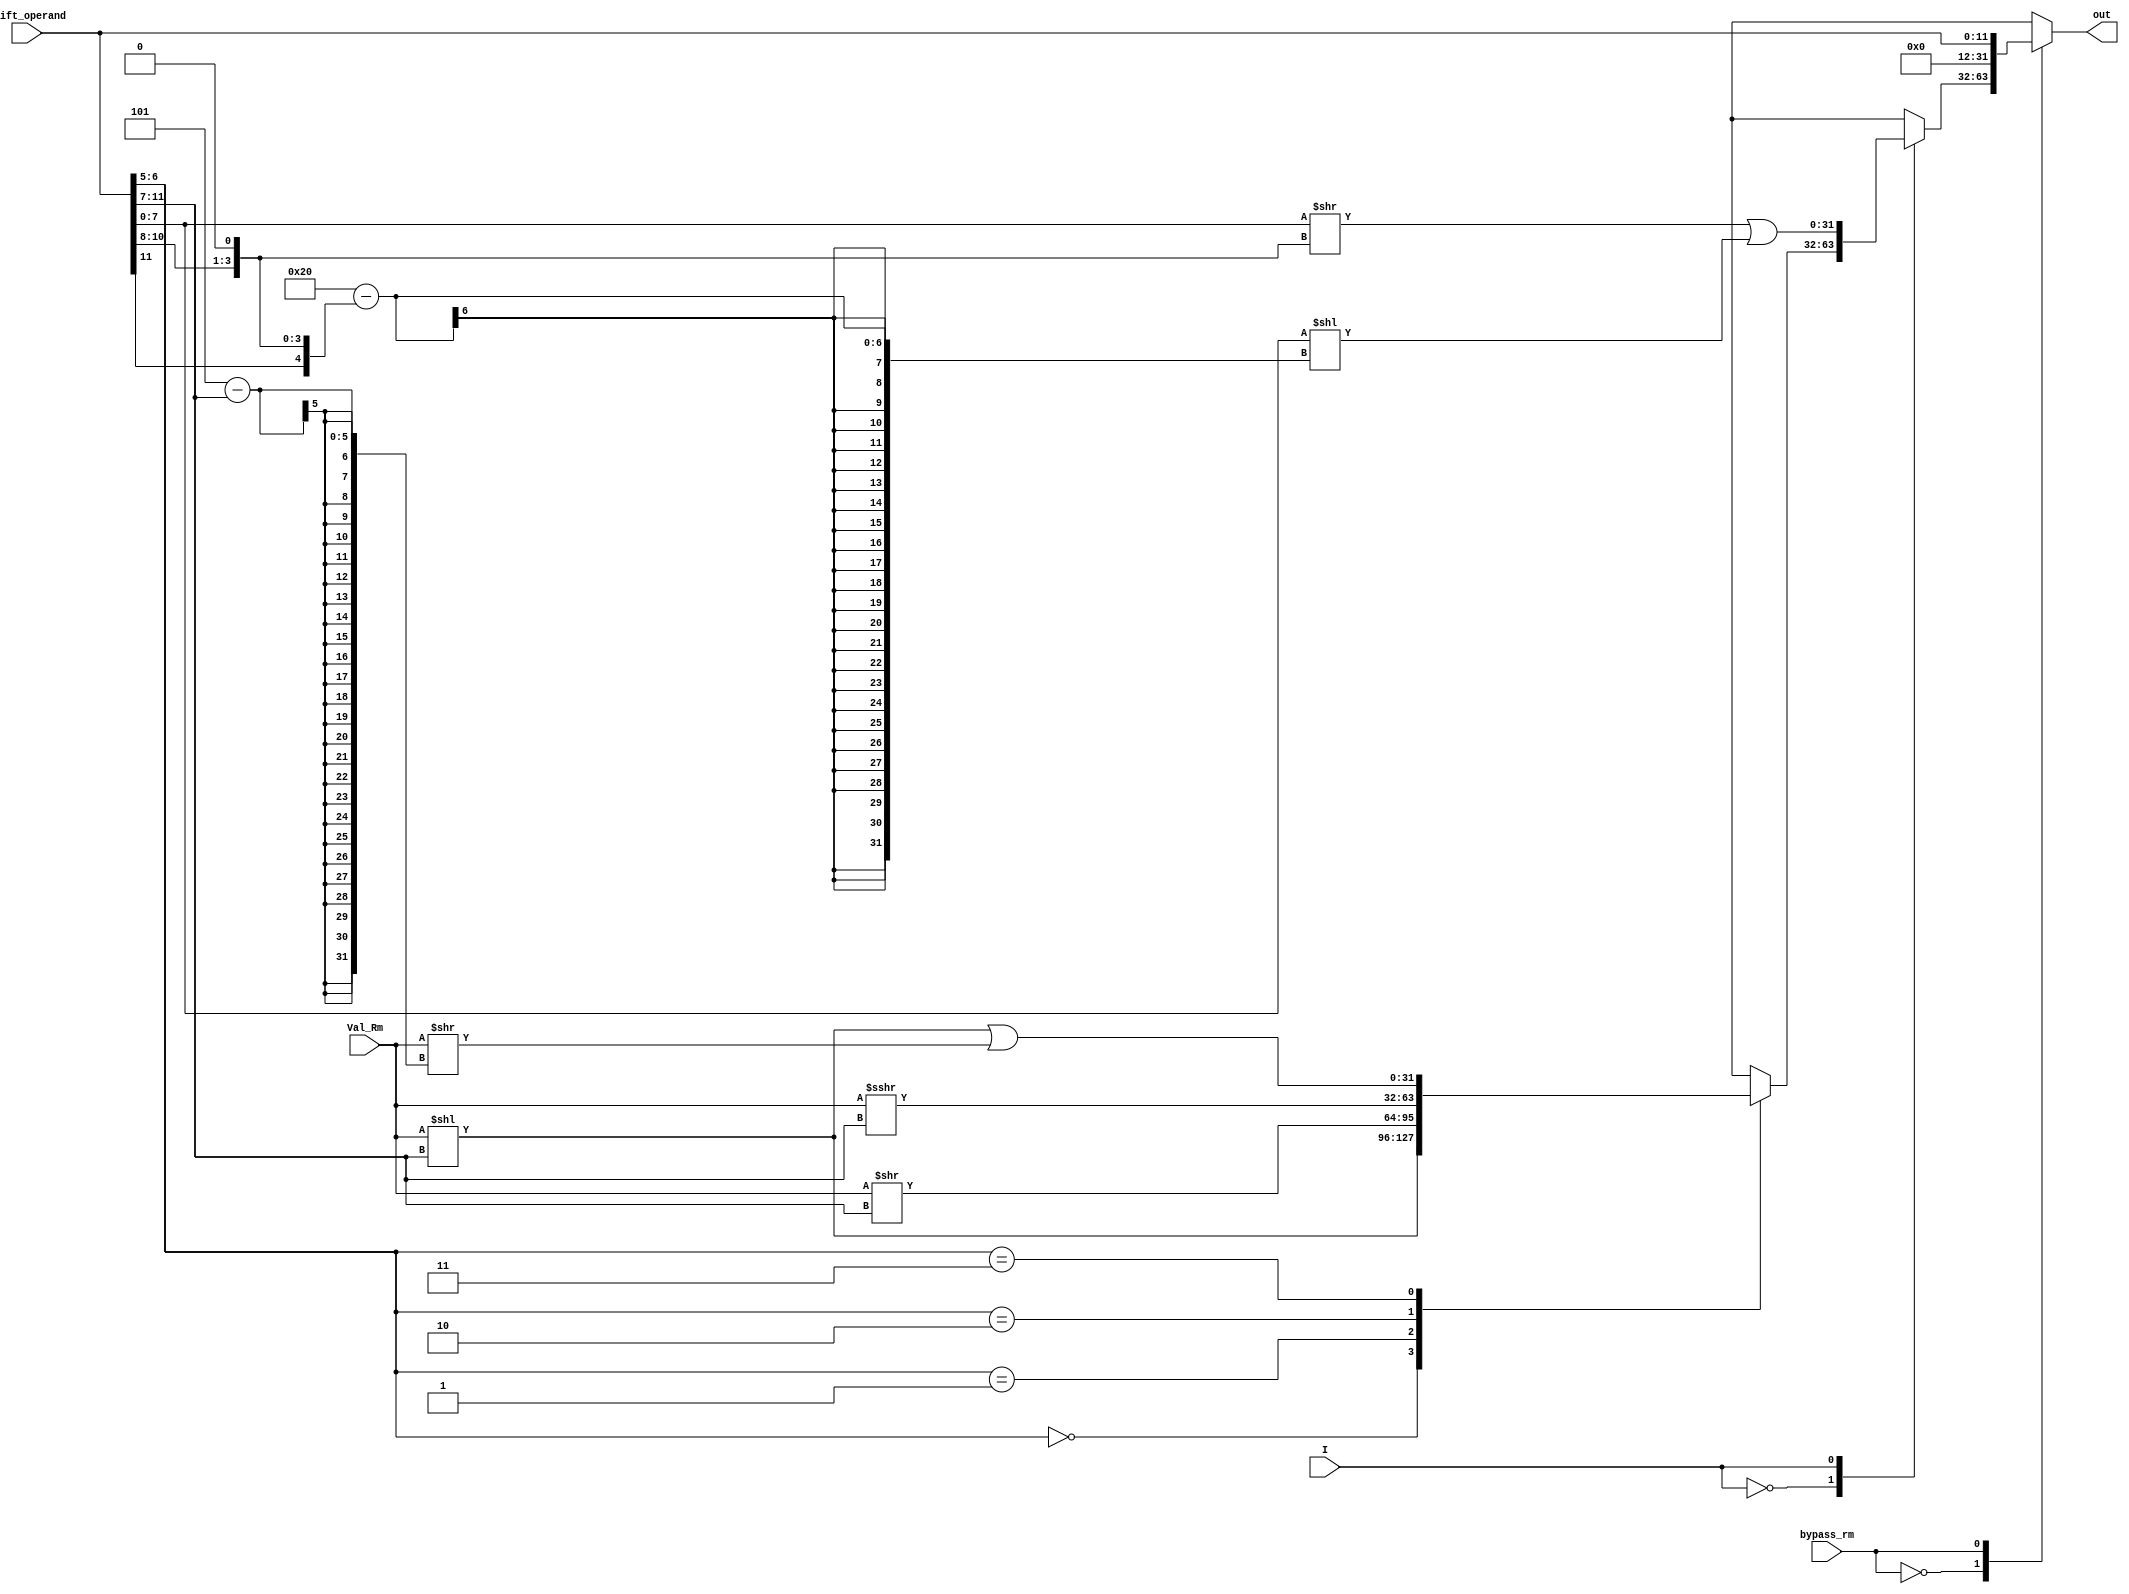
module Val2Generator (
    input I,
    bypass_rm,
    input [31:0] Val_Rm,
    input [11:0] Shift_operand,
    output reg [31:0] out
);
  parameter [1:0] LSL = 2'b00, LSR = 2'b01, ASR = 2'b10, ROR = 2'b11;
  wire [ 4:0] shift_imm;
  wire [ 1:0] shift;
  wire [ 3:0] rotate_imm;
  wire [ 7:0] immed_8;
  reg  [31:0] shift_buffer;
  assign immed_8 = Shift_operand[7:0];
  assign rotate_imm = Shift_operand[11:8];
  assign shift_imm = Shift_operand[11:7];
  assign shift = Shift_operand[6:5];
  always @(bypass_rm, I, shift, Val_Rm, shift_imm, immed_8, Shift_operand, rotate_imm) begin
    shift_buffer = 0;
    case (bypass_rm)  //check later
      1'b0:
      case (I)
        1'b0: begin
          case (shift)
            LSL: out = Val_Rm << shift_imm;
            LSR: out = Val_Rm >> shift_imm;
            ASR: out = Val_Rm >>> shift_imm;
            ROR: out = Val_Rm << shift_imm | Val_Rm >> 5 - shift_imm;  //check later
          endcase
        end
        1'b1: begin
          shift_buffer = {24'd0, immed_8};
          out = shift_buffer >> (rotate_imm << 1) | shift_buffer << (32 - (rotate_imm << 1));
        end
        default: out = 32'b0;
      endcase
      1'b1: out = {20'b0, Shift_operand};
    endcase
  end
endmodule

module V2G_tb ();
  reg I, bypass_rm;
  reg  [31:0] Val_Rm;
  reg  [11:0] Shift_operand;
  wire [31:0] out;
  Val2Generator ut (
      I,
      bypass_rm,
      Val_Rm,
      Shift_operand,
      out
  );
  initial begin
    repeat (30) begin
      {I, bypass_rm, Val_Rm, Shift_operand} = $random;
      #10;
    end
    I = 1;
    bypass_rm = 0;
    {Val_Rm, Shift_operand} = $random;
    #20 $stop;
  end
endmodule